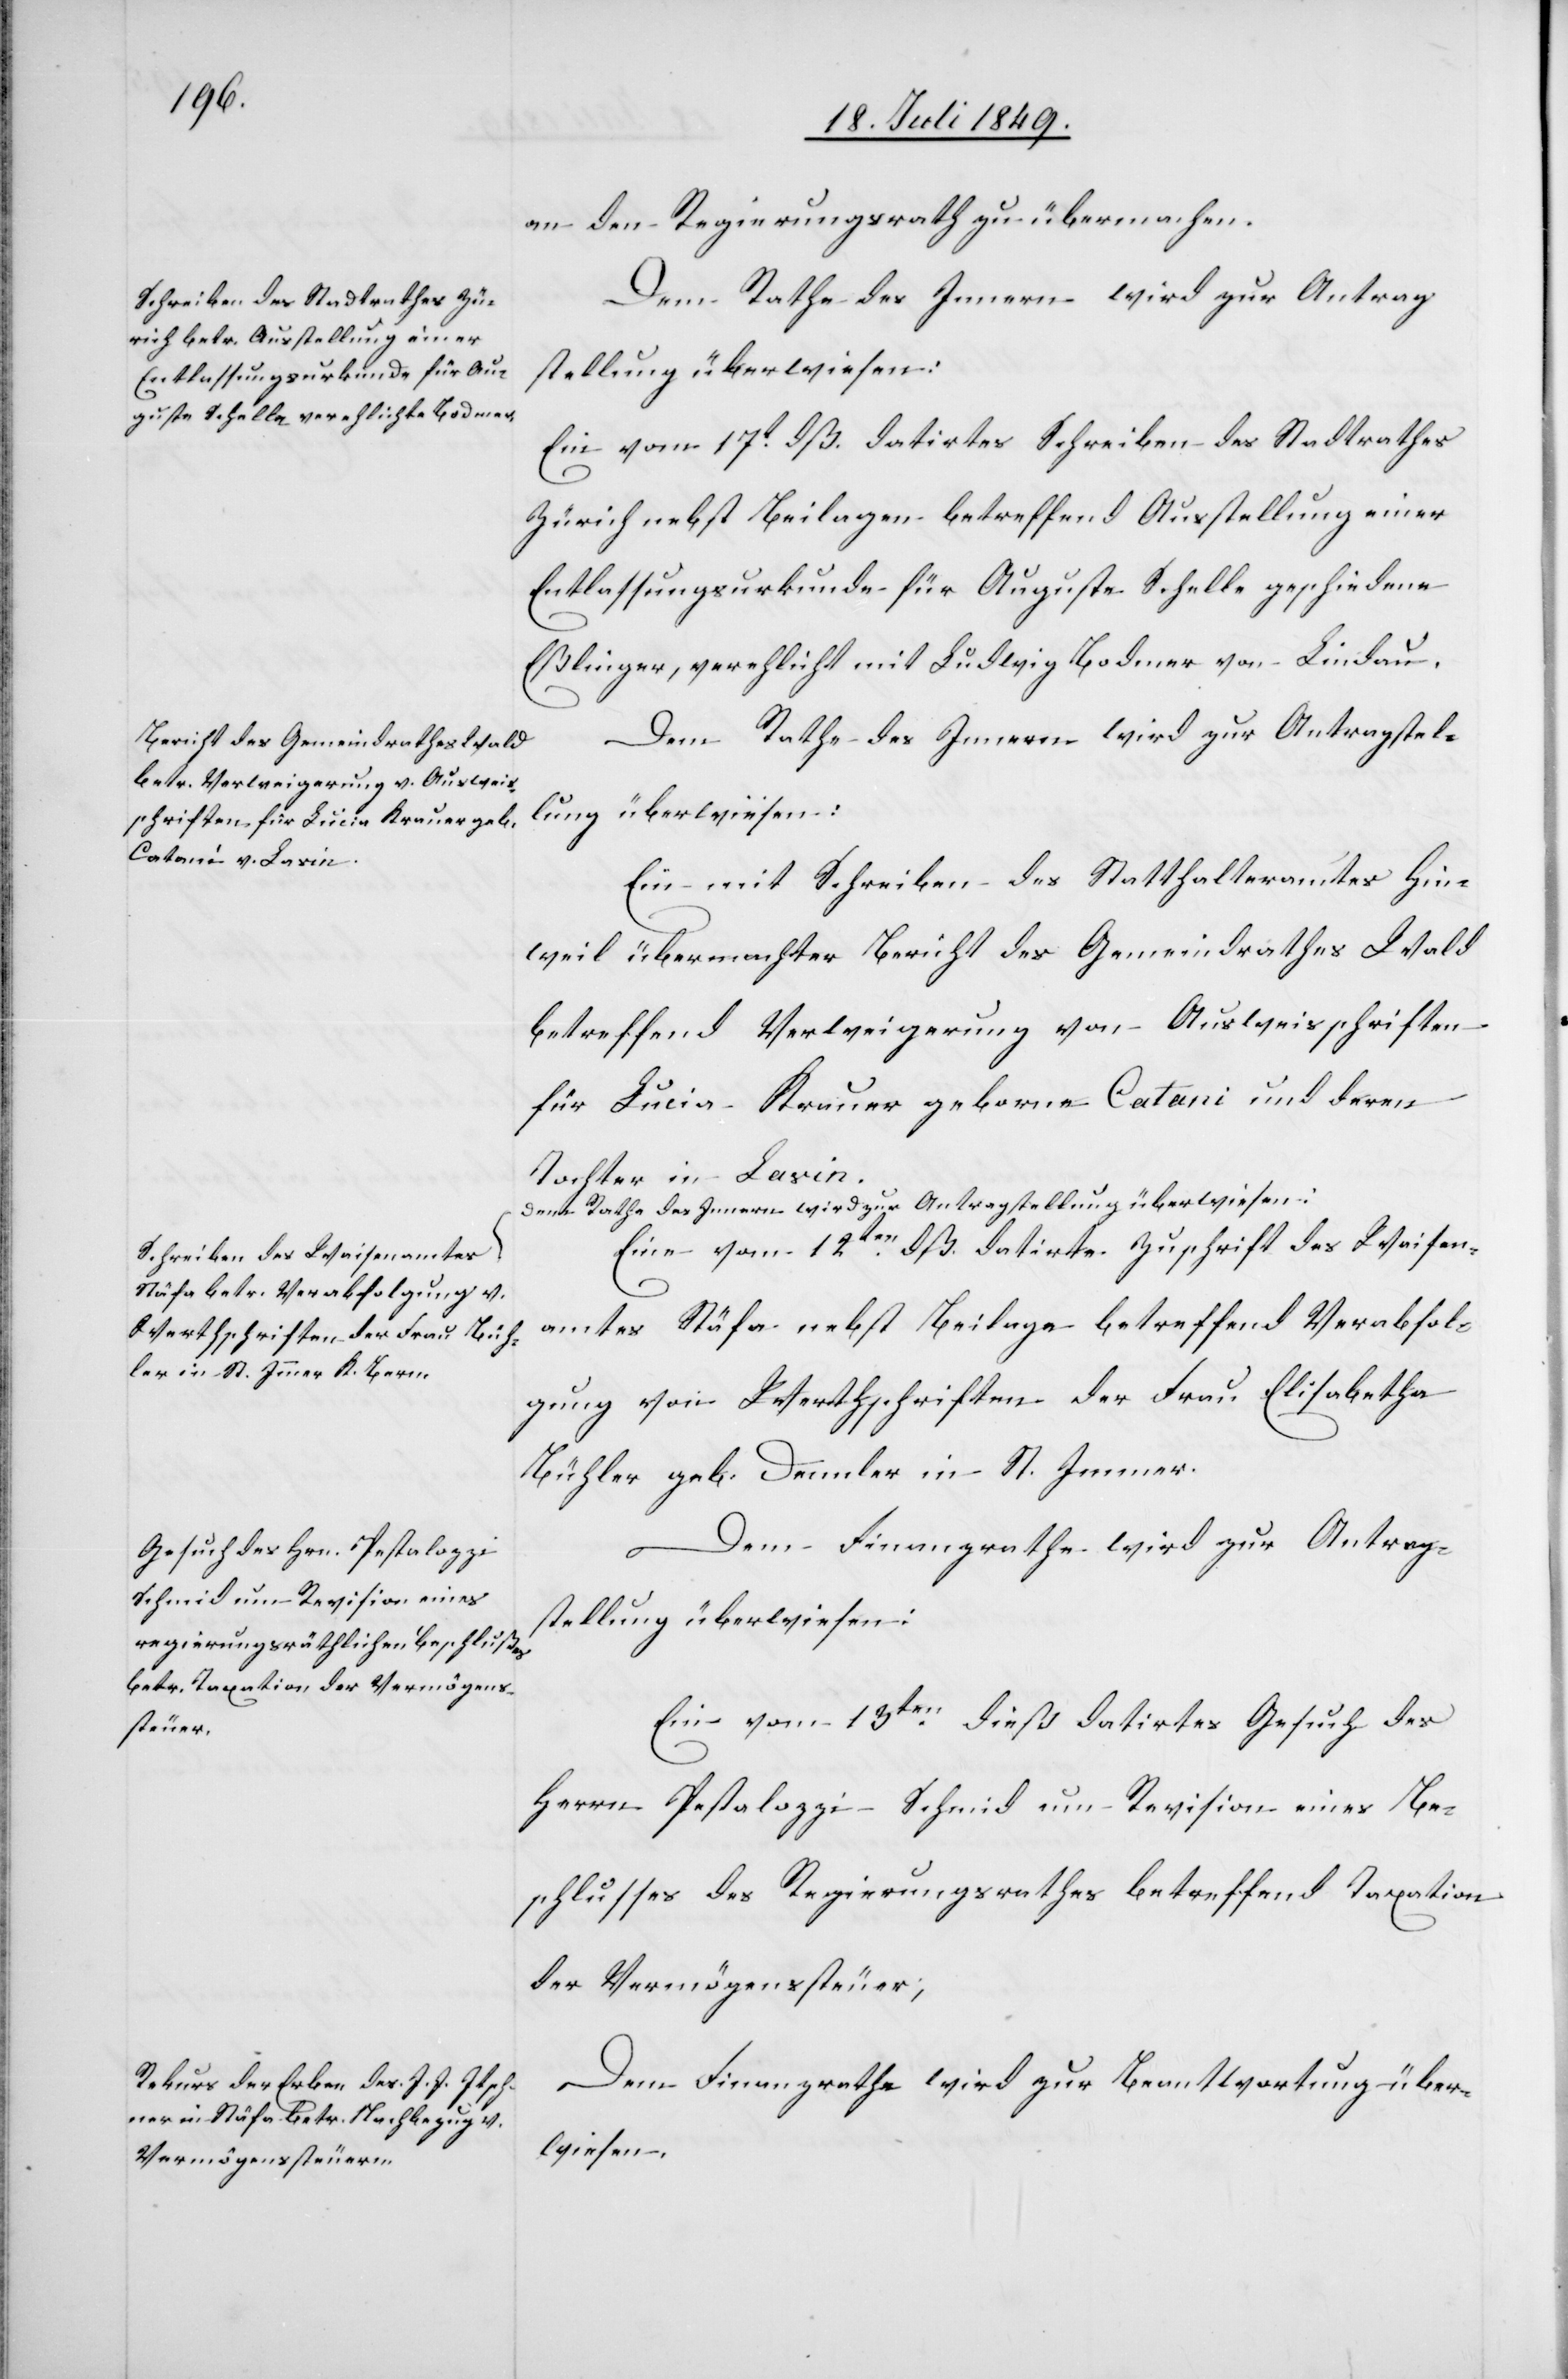
an den Regierungsrath zu übermachen.
Ein vom 17t dß. datirtes Schreiben des Stadtrathes
Zürich nebst Beilagen betreffend Ausstellung einer
Entlassungsurkunde für Auguste Schelle geschiedene
Eßlinger, verehlicht mit Ludwig Bodmer von Lindau.
Dem Rathe des Innern wird zur Antragstel¬
lung überwiesen:
Ein mit Schreiben des Statthalteramtes Hin¬
weil übermachter Bericht des Gemeindrathes Wald
betreffend Verweigerung von Ausweisschriften
für Lucia Krauer geborne Catani und deren
Tochter in Lavin.
Dem Rathe des Innern wird zur Antragstellung überwiesen:
Eine vom 12ten dß. datirte Zuschrift des Waisen¬
amtes Stäfa nebst Beilage betreffend Verabfol¬
gung von Werthschriften der Frau Elisabetha
Bühler geb. Dennler in St. Immer.
Dem Finanzrathe wird zur Antrag¬
stellung überwiesen:
Ein vom 13ten dieß datirtes Gesuch des
Herrn Pestalozzi Schmid um Revision eines Be¬
schlusses des Regierungsrathes betreffend Taxation
der Vermögenssteuer.
Dem Finanzrathe wird zur Beantwortung über¬
wiesen.